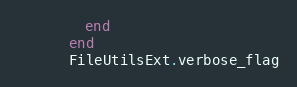
Language: Ruby
        end
      end
      FileUtilsExt.verbose_flag